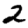
Digit: 2